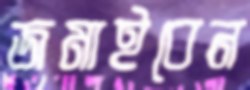
জমাইবেন